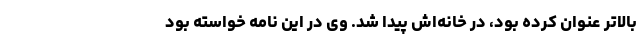
بالاتر عنوان کرده بود، در خانه‌اش پیدا شد. وی در این نامه خواسته بود